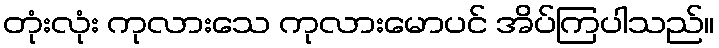
တုံးလုံး ကုလားသေ ကုလားမောပင် အိပ်ကြပါသည်။